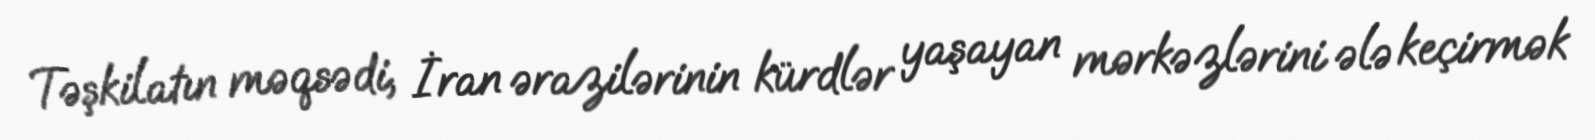
Təşkilatın məqsədi, İran ərazilərinin kürdlər yaşayan mərkəzlərini ələ keçirmək